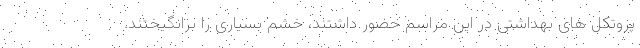
پروتکل های بهداشتی در این مراسم حضور داشتند، خشم بسیاری را برانگیختند.